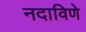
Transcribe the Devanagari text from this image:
नदाविणे